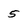
Character: 5